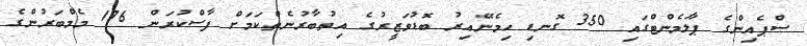
ސްޕެއިންގެ ޕާލަމެންޓްގައި 350 ގޮނޑި ހިމެނޭއިރު ބޮޑުވަޒީރުގެ އިތުބާރުނެތްކަމަށް ފާސްކުރަން 176 މެމްބަރުންގެ